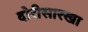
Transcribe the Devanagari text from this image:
दोरीसारखा